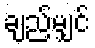
ချည်မျှင်